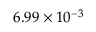
6 . 9 9 \times 1 0 ^ { - 3 }